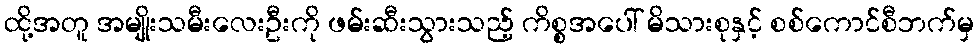
ထို့အတူ အမျိုးသမီးလေးဦးကို ဖမ်းဆီးသွားသည့် ကိစ္စအပေါ် မိသားစုနှင့် စစ်ကောင်စီဘက်မှ